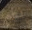
نعم